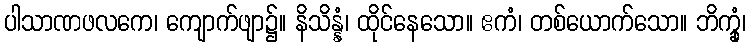
ပါသာဏဖလကေ၊ ကျောက်ဖျာ၌။ နိသိန္နံ၊ ထိုင်နေသော။ ဧကံ၊ တစ်ယောက်သော။ ဘိက္ခုံ၊